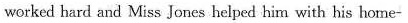
worked hard and Miss Jones helped him with his home-